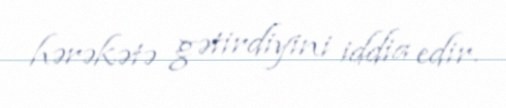
hərəkətə gətirdiyini iddia edir.